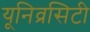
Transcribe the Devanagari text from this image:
यूनिव्रसिटी